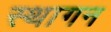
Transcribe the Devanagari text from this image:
स्थागन